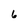
Character: 6